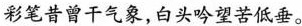
彩笔昔曾干气象，白头吟望苦低垂。